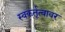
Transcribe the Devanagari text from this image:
स्वकर्तृत्वावर